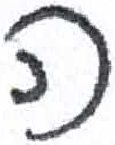
אות: ה